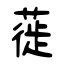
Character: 蓰